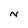
Character: N